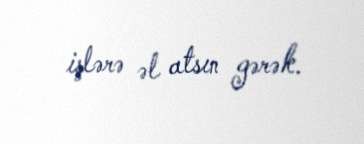
işlərə əl atsın gərək.